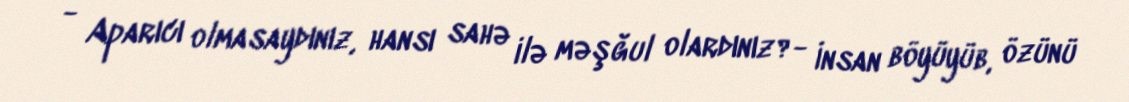
- Aparıcı olmasaydınız, hansı sahə ilə məşğul olardınız?- İnsan böyüyüb, özünü